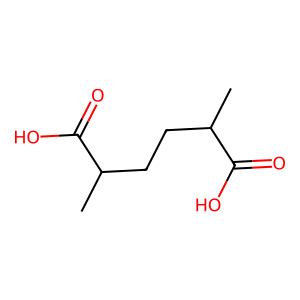
SMILES: CC(CCC(C)C(=O)O)C(=O)O
Inhibits HIV replication: No